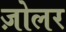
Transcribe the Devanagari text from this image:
ज़ोलर